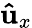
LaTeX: \mathbf{\hat{u}}_{x}